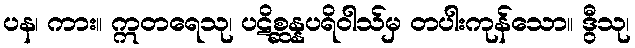
ပန၊ ကား။ ဣတရေသု၊ ပဋိစ္ဆန္နပရိဝါသ်မှ တပါးကုန်သော။ ဒွီသု၊